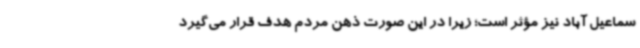
سماعیل آباد نیز مؤثر است؛ زیرا در این صورت ذهن مردم هدف قرار می‌گیرد